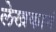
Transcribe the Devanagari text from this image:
लेखकानं